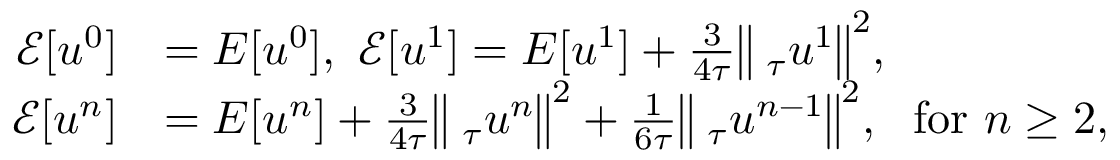
\begin{array} { r l } { \mathcal { E } [ u ^ { 0 } ] } & { = E [ u ^ { 0 } ] , ~ \mathcal { E } [ u ^ { 1 } ] = E [ u ^ { 1 } ] + \frac { 3 } { 4 \tau } \big \| \triangledown _ { \tau } u ^ { 1 } \big \| ^ { 2 } , } \\ { \mathcal { E } [ u ^ { n } ] } & { = E [ u ^ { n } ] + \frac { 3 } { 4 \tau } \big \| \triangledown _ { \tau } u ^ { n } \big \| ^ { 2 } + \frac { 1 } { 6 \tau } \big \| \triangledown _ { \tau } u ^ { n - 1 } \big \| ^ { 2 } , ~ ~ \mathrm { f o r } ~ n \ge 2 , } \end{array}